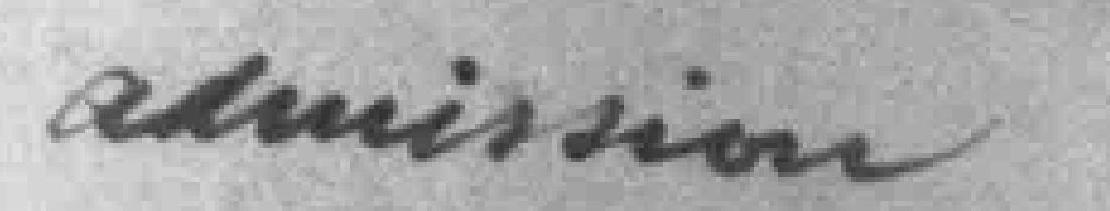
admission